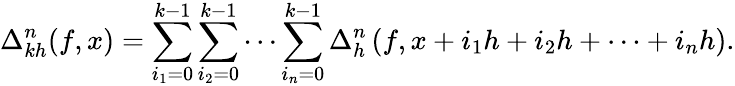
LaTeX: \Delta_{kh}^{n}(f,x)=\sum_{i_{1}=0}^{k-1}\sum_{i_{2}=0}^{k-1}\cdots\sum_{i_{n}=0}^{k-1}\Delta_{h}^{n}\left(f,x+i_{1}h+i_{2}h+\cdots+i_{n}h\right).